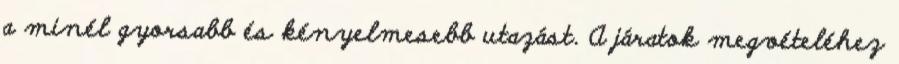
a minél gyorsabb és kényelmesebb utazást. A járatok megvételéhez